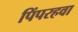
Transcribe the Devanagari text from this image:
पिंपरहवा